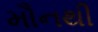
મૌનથી